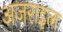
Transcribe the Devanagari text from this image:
अजराइल